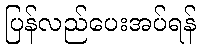
ပြန်လည်ပေးအပ်ရန်